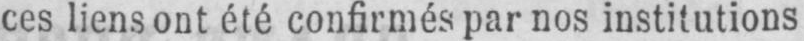
ces liens ont été confirmés par nos institutions